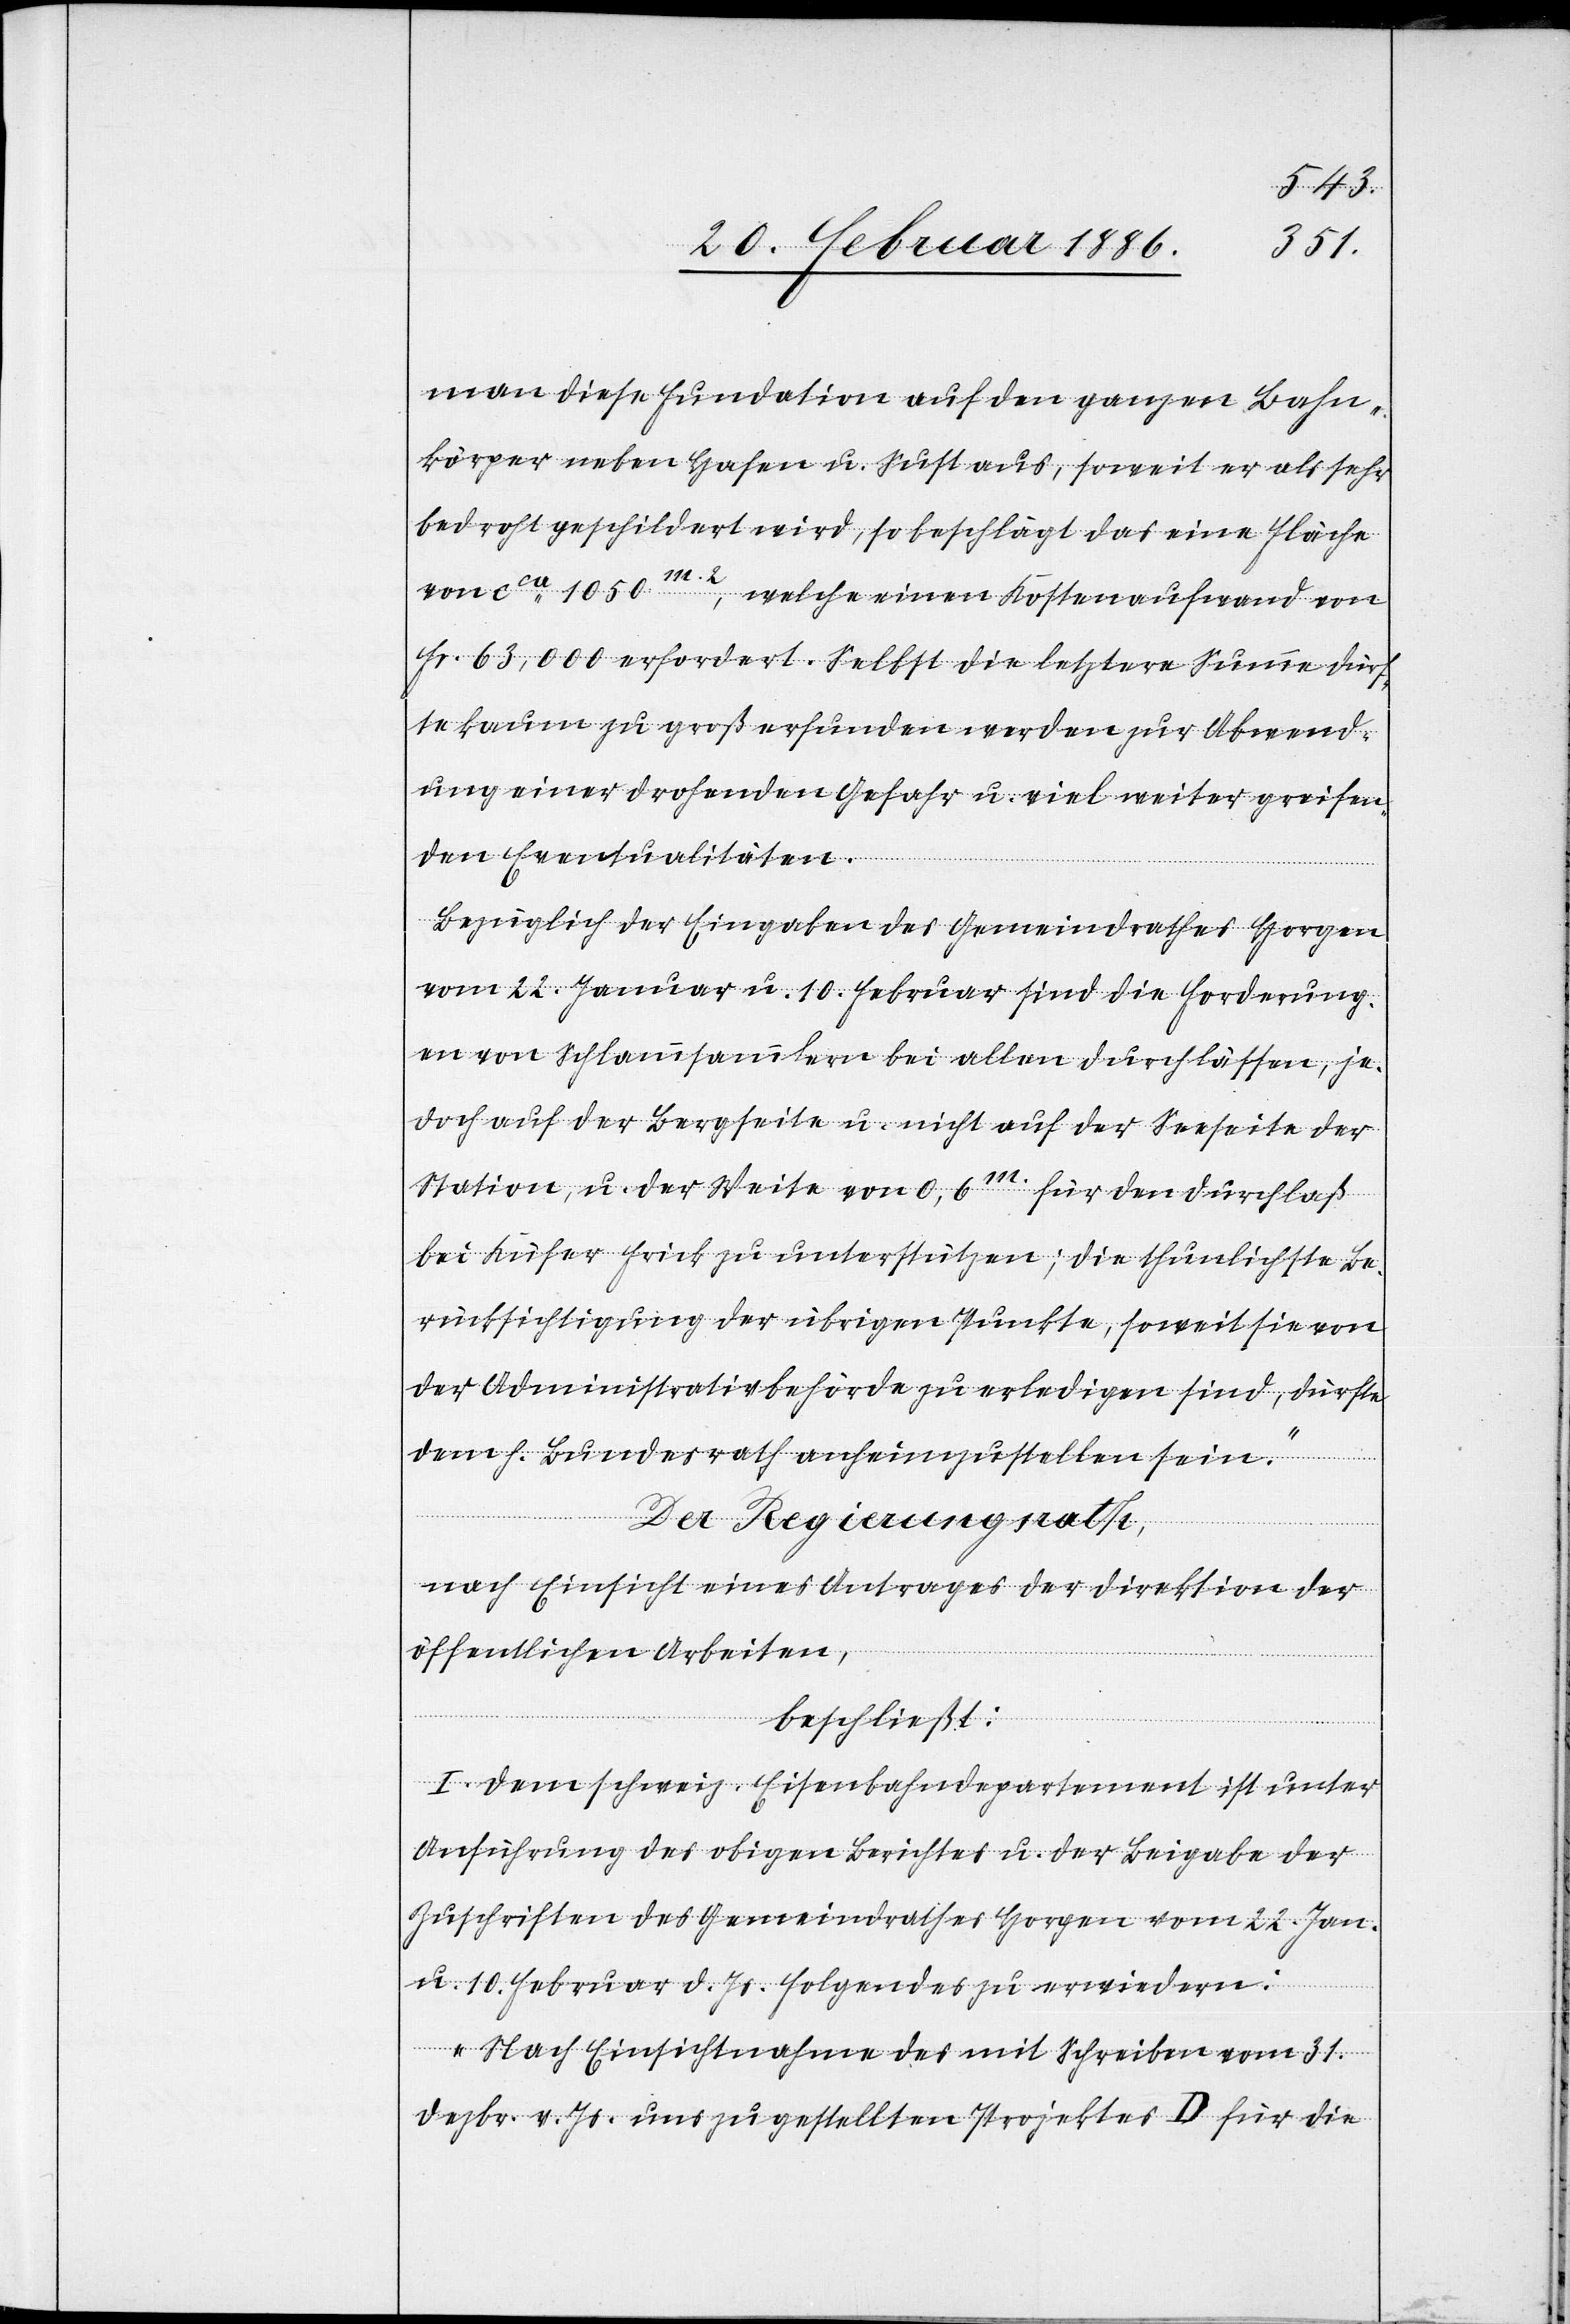
man diese Fundation auf den ganzen Bahn¬
körper neben Hafen u. Sust aus, soweit er als sehr
bedroht geschildert wird, so beschlägt das eine Fläche
von cca 1050m.2, welche einen Kostenaufwand von
Fr. 63,000 erfordert. Selbst die letztere Summe dürf¬
te kaum zu groß erfunden werden, zur Abwend¬
ung einer drohenden Gefahr u. viel weiter greifen¬
den Eventualitäten.
Bezüglich der Eingabe de Gemeindrathes Horgen
vom 22. Januar u. 10. Februar sind die Forderung¬
en von Schlammsammlern bei allen Durchlässen, je¬
doch auf der Bergseite u. nicht auf der Seeseite der
Station, u. der Weite von 0,6m. für den Durchlaß
bei Küfer Frick zu unterstützen; die thunlichste Be¬
rücksichtigung der übrigen Punkte, soweit sie von
der Administrativbehörde zu erledigen sind, dürfte
dem h. Bundesrath anheimzustellen sein.“
Der Regierungsrath,
nach Einsicht eines Antrages der Direktion der
öffentlichen Arbeiten,
beschließt:
I. Dem schweiz. Eisenbahndepartement ist unter
Anführung des obigen Berichtes u. der Beigabe der
Zuschriften des Gemeindrathes Horgen vom 22. Jan.
u. 10. Februar d. Js. folgendes zu erwiedern:
„Nach Einsichtnahme des mit Schreiben vom 31.
Dezbr. v. Js. uns zugestellten Projektes D für die